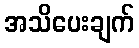
အသိပေးချက်